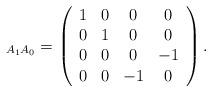
LaTeX: \begin{align*}_{A_1 A_0} = \left(\begin{array}{cccc} 1 & 0 & 0 & 0 \\ 0 & 1 & 0 & 0 \\ 0 & 0 & 0 & -1 \\ 0 & 0 & -1 & 0 \\\end{array}\right).\end{align*}